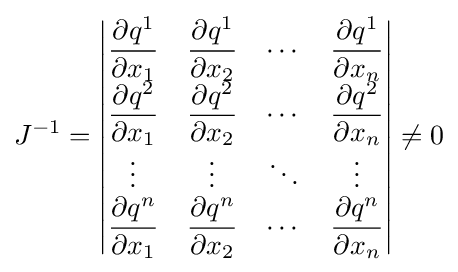
J^{-1}={\begin{vmatrix}{\dfrac {\partial q^{1}}{\partial x_{1}}}&{\dfrac {\partial q^{1}}{\partial x_{2}}}&\cdots &{\dfrac {\partial q^{1}}{\partial x_{n}}}\\{\dfrac {\partial q^{2}}{\partial x_{1}}}&{\dfrac {\partial q^{2}}{\partial x_{2}}}&\cdots &{\dfrac {\partial q^{2}}{\partial x_{n}}}\\\vdots &\vdots &\ddots &\vdots \\{\dfrac {\partial q^{n}}{\partial x_{1}}}&{\dfrac {\partial q^{n}}{\partial x_{2}}}&\cdots &{\dfrac {\partial q^{n}}{\partial x_{n}}}\end{vmatrix}}\neq 0